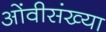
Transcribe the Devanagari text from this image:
ओंवीसंख्या